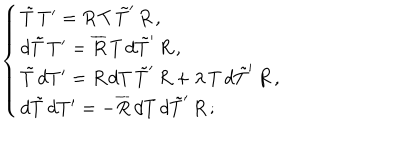
LaTeX: \left\{ \begin{array} { l } { { \tilde { T } \, T ^ { \prime } = R \, T \, \tilde { T } ^ { \prime } \, R \, , } } \\ { { d \tilde { T } \, T ^ { \prime } = \overline { { { R } } } \, T \, d \tilde { T } ^ { \prime } \, R \, , } } \\ { { \tilde { T } \, d T ^ { \prime } = R \, d T \, \tilde { T } ^ { \prime } \, R + \lambda \, T \, d \tilde { T } ^ { \prime } \, R \, , } } \\ { { d \tilde { T } \, d T ^ { \prime } = - \overline { { { R } } } \, d T \, d \tilde { T } ^ { \prime } \, R \, ; } } \\ \end{array} \right.